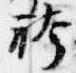
袴